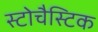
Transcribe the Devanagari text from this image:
स्टोचैस्टिक